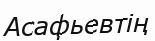
Асафьевтің